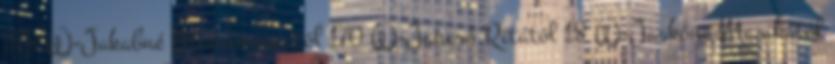
378 W-Jakabné Mancimamától 170 W-Jancsó Ritától 18 W-Jaskóné Marikától